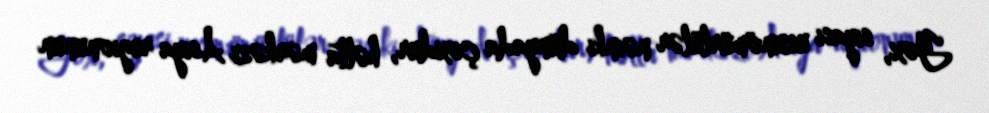
Yox, siyasi uzunömürlülər nəinki dünyada çoxdur, hətta mərkəzi Asiya regionunun